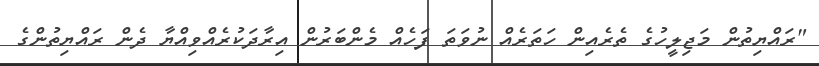
"ރައްޔިތުން މަޖިލީހުގެ ތެރެއިން ހަތަރެއް ނުވަތަ ފަހެއް މެންބަރުން އިރާދަކުރެއްވިއްޔާ ދެން ރައްޔިތުންގެ